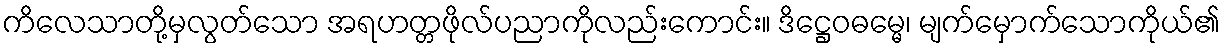
ကိလေသာတို့မှလွတ်သော အရဟတ္တဖိုလ်ပညာကိုလည်းကောင်း။ ဒိဋ္ဌေဝဓမ္မေ၊ မျက်မှောက်သောကိုယ်၏